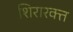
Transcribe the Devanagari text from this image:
शिरारक्त